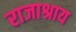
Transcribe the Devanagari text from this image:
राजाश्राय